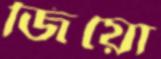
জিয়ো